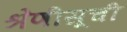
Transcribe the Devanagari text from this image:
श्रेणीसूची